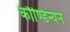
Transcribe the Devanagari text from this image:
कौण्डिन्यने